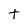
Character: t